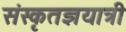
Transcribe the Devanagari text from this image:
संस्कृतज्ञयात्री